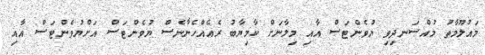
މައުލޫމާތު މުއްސަނދިވި ޔުވެންޓަސް އާއި މިލާނަށް ކާމިޔާބު ރެއެއްހެނާނެސް ޔުވެންޓަސް އަށްޔުވެންޓަސް އާއި